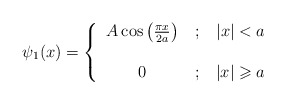
\begin{align*}\psi_{1}(x)=\left\{\begin{tabular}[c]{ccc}$A\cos\left( \frac{\pi x}{2a}\right) $ & $;$ & $\left\vert x\right\vert<a$\\& & \\$0$ & $;$ & $\left\vert x\right\vert \geqslant a$\end{tabular}\ \ \ \right.\end{align*}